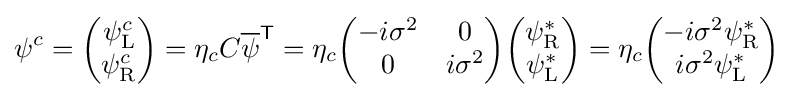
\psi ^{c}={\begin{pmatrix}\psi _{\text{L}}^{c}\\\psi _{\text{R}}^{c}\end{pmatrix}}=\eta _{c}C{\overline {\psi }}^{\textsf {T}}=\eta _{c}{\begin{pmatrix}-i\sigma ^{2}&0\\0&i\sigma ^{2}\end{pmatrix}}{\begin{pmatrix}\psi _{\text{R}}^{*}\\\psi _{\text{L}}^{*}\end{pmatrix}}=\eta _{c}{\begin{pmatrix}-i\sigma ^{2}\psi _{\text{R}}^{*}\\i\sigma ^{2}\psi _{\text{L}}^{*}\end{pmatrix}}